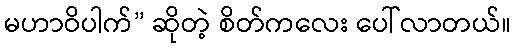
မဟာဝိပါက်” ဆိုတဲ့ စိတ်ကလေး ပေါ်လာတယ်။